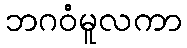
ဘဂဝံမူလကာ